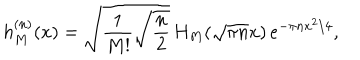
h _ { M } ^ { ( n ) } ( x ) = \sqrt { \frac { 1 } { M ! } \sqrt { \frac { n } { 2 } } } \, H _ { M } ( \sqrt { \pi n } x ) \, e ^ { - \pi n x ^ { 2 } / 4 } ,